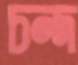
চন্দ